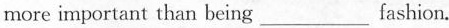
more important than being___fashion.